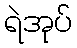
ရဲအုပ်